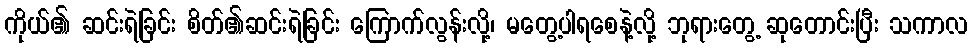
ကိုယ်၏ ဆင်းရဲခြင်း စိတ်၏ဆင်းရဲခြင်း ကြောက်လွန်းလို့၊ မတွေ့ပါရစေနဲ့လို့ ဘုရားတွေ့ ဆုတောင်းပြီး သကာလ